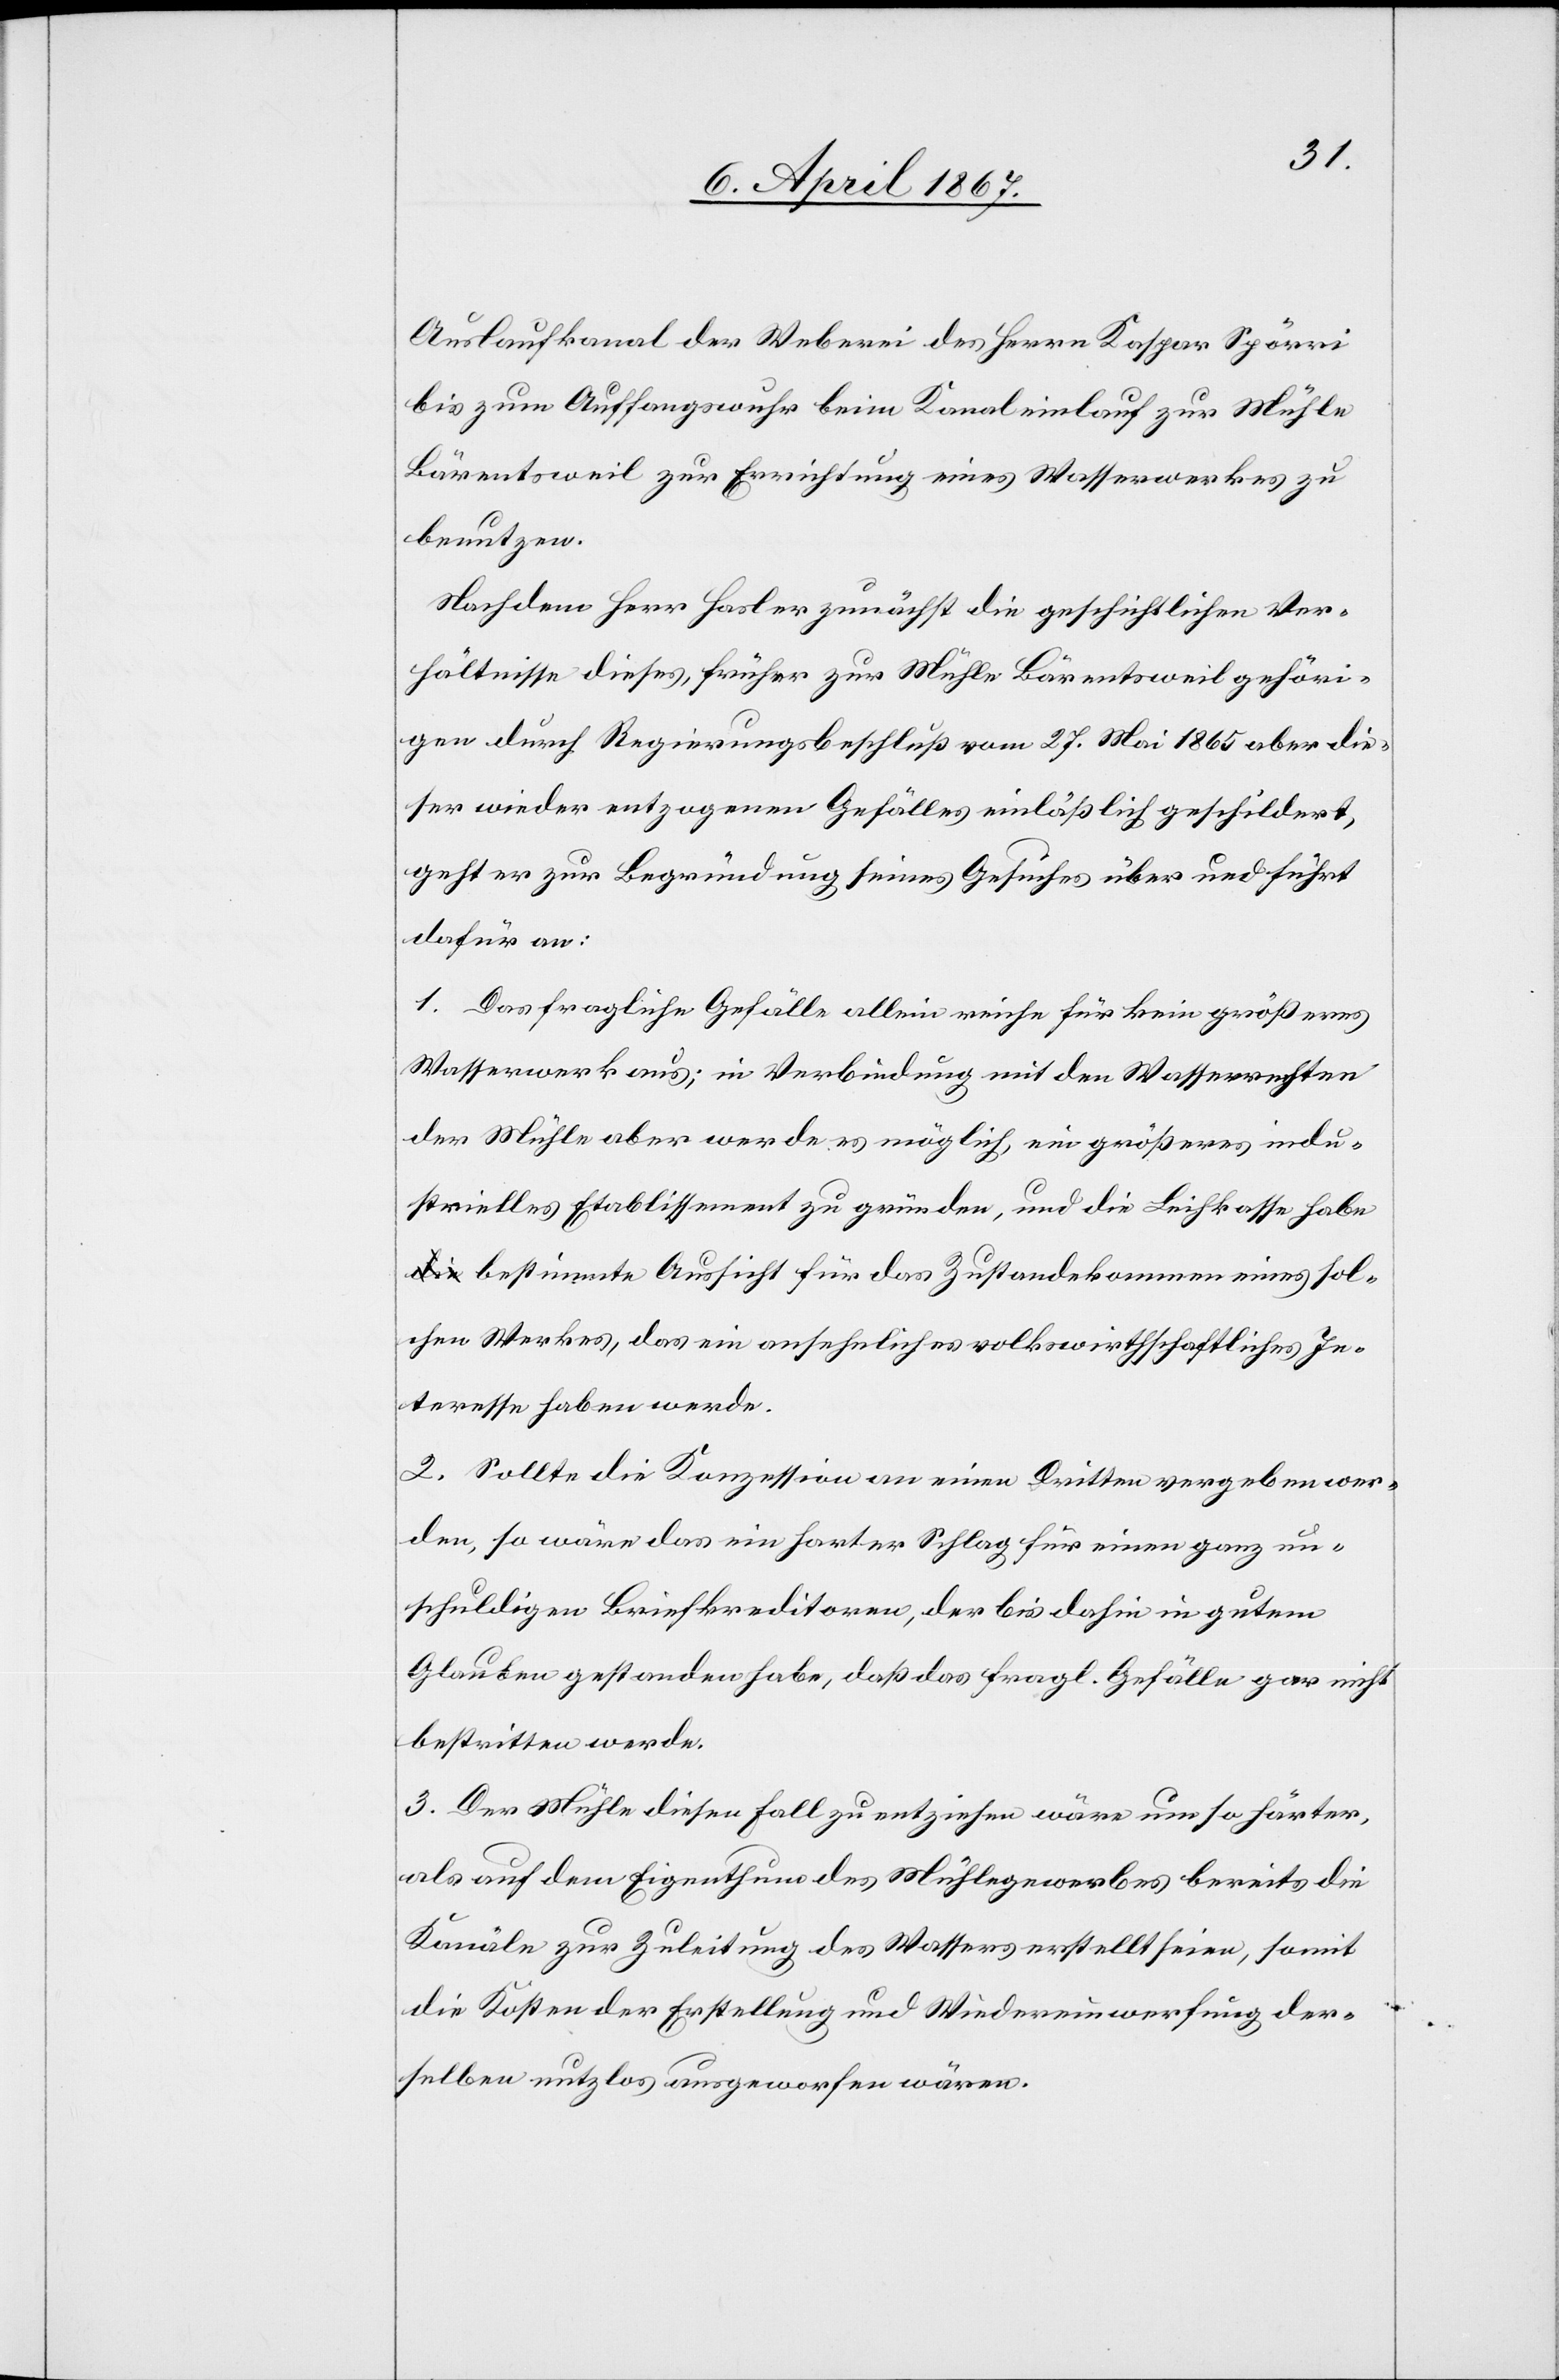
Auslaufkanal der Weberei des Herrn Kaspar Spörri
bis zum Auffangswuhr beim Kanaleinlauf zur Mühle
Bärentsweil zur Errichtung eines Wasserwerkes zu
benutzen.
Nachdem Herr Hasler zunächst die geschichtlichen Ver¬
hältnisse dieses früher zur Mühle Bärentsweil gehöri¬
gen durch Regierungsbeschluß vom 27. Mai 1865 aber die¬
ser wieder entzogenen Gefälles einläßlich geschildert,
geht er zur Begründung seines Gesuches über und führt
dafür an:
1. Das fragliche Gefälle allein reiche für kein größeres
Wasserwerk aus; in Verbindung mit den Wasserrechten
der Mühle aber werde es möglich, ein größeres indu¬
strielles Etablissement zu gründen, und die Leihkasse hab¬
e bestimmte Aussicht für das Zustandekommen eines sol¬
chen Werkes, das ein anschauliches volkswirthschaftliches In¬
teresse haben werde.
2. Sollte die Konzession an einen Dritten vergeben wer¬
den, so wäre das ein harter Schlag für einen ganz un¬
schuldigen Briefkreditoren, der bis dahin in gutem
Glauben gestanden habe, daß das fragl. Gefälle gar nicht
bestritten werde.
3. Der Mühle diesen Fall zu entziehen wäre um so härter,
als auf dem Eigenthum des Mühlegewerbes bereits die
Kanäle zur Zuleitung des Wassers erstellt seien, somit
die Kosten der Erstellung und Wiedereinwerfung der¬
selben nutzlos aufgeworfen wären.